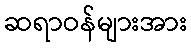
ဆရာဝန်များအား